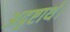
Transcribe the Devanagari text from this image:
अदृष्टार्थ।